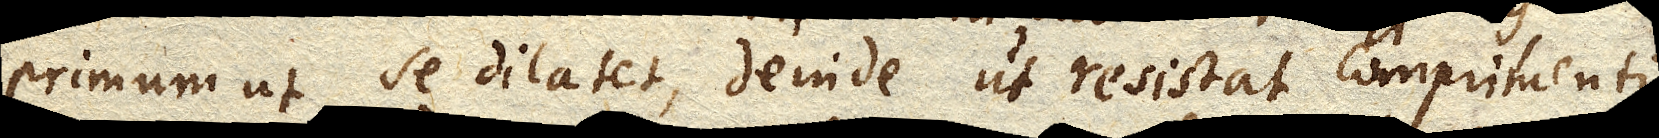
primum ut se dilatet, deinde ut resistat comprimenti,